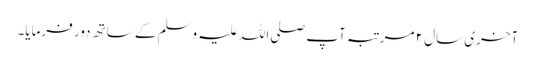
آخری سال ۲ مرتبہ آپ صلی اللہ علیہ وسلم کے ساتھ دور فرمایا۔